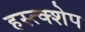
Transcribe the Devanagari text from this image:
हस्त्क्शेप